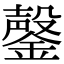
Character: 鏧